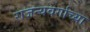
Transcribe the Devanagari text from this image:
राजन्यवर्गाच्या